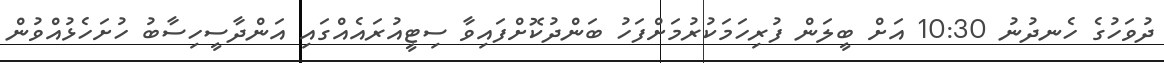
ދުވަހުގެ ހެނދުނު 10:30 އަށް ބީލަން ފުރިހަމަކުރުމަށްފަހު ބަންދުކޮށްފައިވާ ސިޓީއުރައެއްގައި އަންދާސީހިސާބު ހުށަހެޅުއްވުން